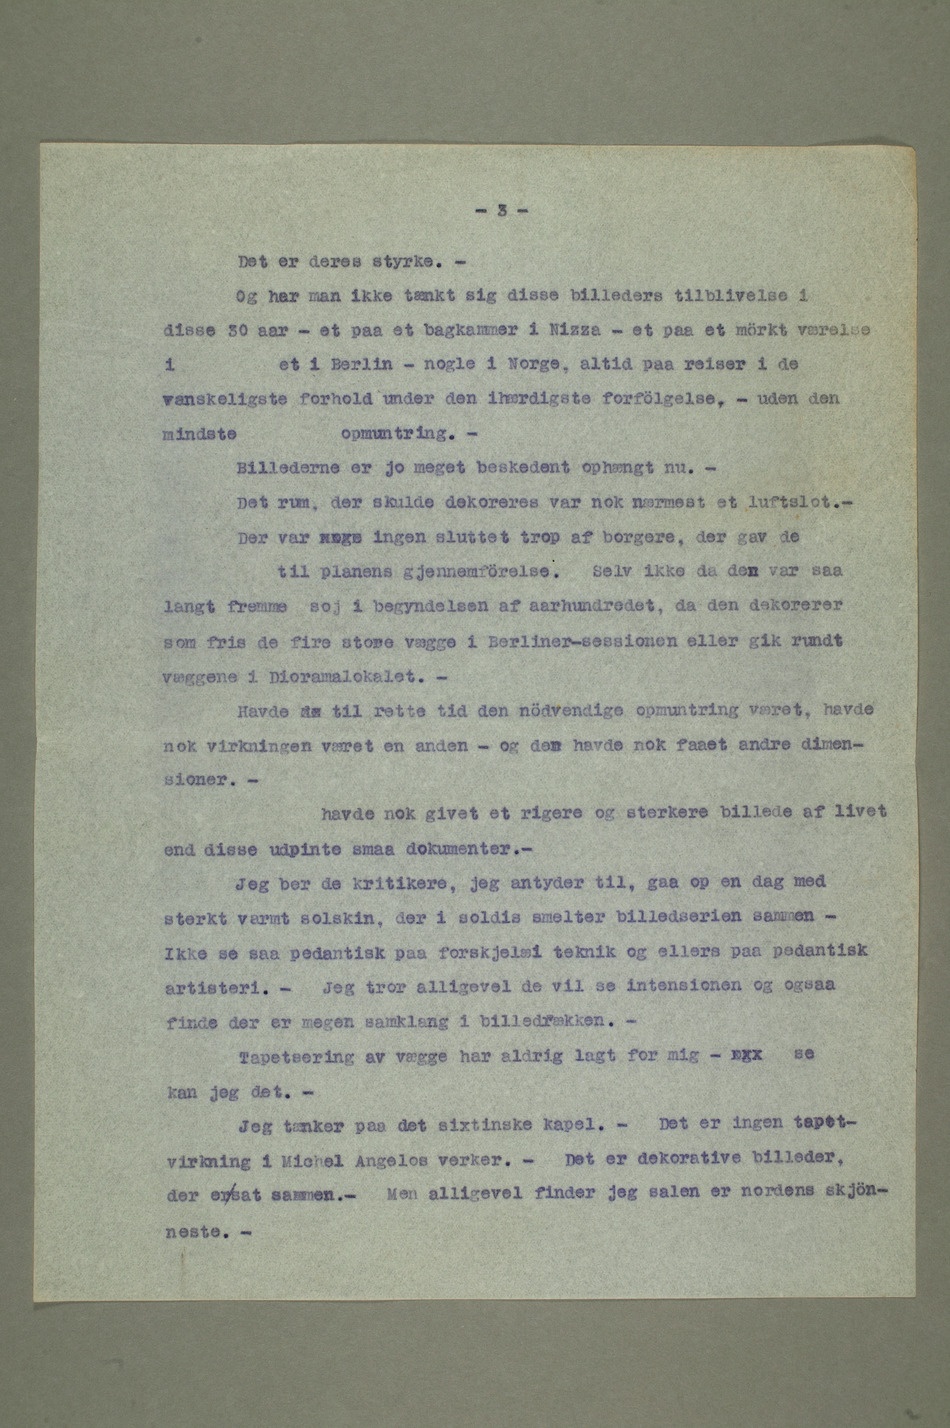
– Det er deres styrke.
– Og har man ikke tænkt sig disse billeders tilblivelse i
disse 30 aar – et paa et bagkammer i Nizza – et paa et mörkt værelse
iet i Berlin – nogle i Norge, altid paa reiser i de
vanskeligste forhold under den ihærdigste forfölgelse, – uden den
– Billederne er jo meget beskedent ophængt nu.
– Det rum, der skulde dekoreres var nok nærmest et luftslot.
– Der var  ingen sluttet trop af borgere, der gav de
til planens gjennemförelse. Selv ikke da den var saa
langt fremme soj i begyndelsen af aarhundredet, da den dekorerer
som fris de fire store vægge i Berliner-sessionen eller gik rundt
væggene i Dioramalokalet.
– Havde da til rette tid den nödvendige opmuntring været, havde
nok virkningen været en anden – og den havde nok faaet andre dimen-
sioner.
– havde nok givet et rigere og sterkere billede af livet
end disse udpinte smaa dokumenter.
– Jeg ber de kritikere, jeg antyder til, gaa op en dag med
sterkt varmt solskin, der i soldis smelter billedserien sammen
– Ikke se saa pedantisk paa forskjelæi teknik og ellers paa pedantisk
artisteri. – Jeg tror alligevel de vil se intensionen og ogsaa
finde der er megen samklang i billedrækken.
– Tapetsering av vægge har aldrig lagt for mig – og se
kan jeg det.
– Jeg tænker paa det sixtinske kapel. – Det er ingen tapet-
virkning i Michel Angelos verker. – Det er dekorative billeder,
der er sat sammen. – Men alligevel finder jeg salen er nordens skjön-
neste. –